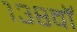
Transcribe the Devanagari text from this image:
१३८वॉ